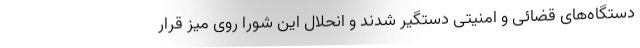
دستگاه‌های قضائی و امنیتی دستگیر شدند و انحلال این شورا روی میز قرار